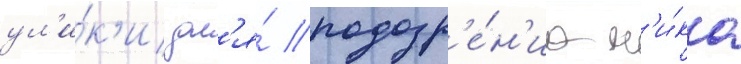
ул'и́к'и дл'я́ подозр'е́н'иа н'и́ка